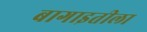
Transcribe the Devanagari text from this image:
बागाइतीला